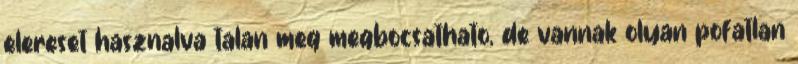
elereset hasznalva talan meg megbocsathato, de vannak olyan pofatlan